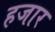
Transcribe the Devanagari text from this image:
हजार